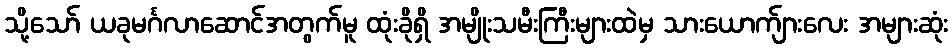
သို့သော် ယခုမင်္ဂလာဆောင်အတွက်မူ ထုံးခိုရှိ အမျိုးသမီးကြီးများထဲမှ သားယောက်ျားလေး အများဆုံး